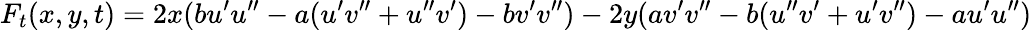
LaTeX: F_{t}(x,y,t)=2x(bu^{\prime}u^{\prime\prime}-a(u^{\prime}v^{\prime\prime}+u^{\prime\prime}v^{\prime})-bv^{\prime}v^{\prime\prime})-2y(av^{\prime}v^{\prime\prime}-b(u^{\prime\prime}v^{\prime}+u^{\prime}v^{\prime\prime})-au^{\prime}u^{\prime\prime})